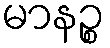
မာနဉ္စ